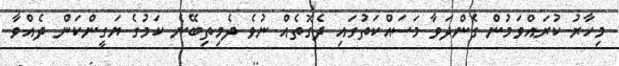
މިހާރު ކުރައްވަމުން ގެންދަވާ މަސައްކަތުގައި ދެގޮތެއް ނުވެ ދެމިތިބޭނެ ކަމުގެ ޔަގީންކަން ދެއްވާ